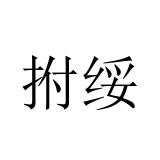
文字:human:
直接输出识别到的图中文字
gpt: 拊绥